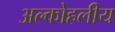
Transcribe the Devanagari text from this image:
अल्कोहलीय